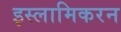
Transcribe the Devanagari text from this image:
इस्लामिकरन